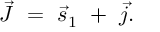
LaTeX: \vec { J } \ = \ \vec { s } _ { 1 } \ + \ \vec { j } .